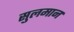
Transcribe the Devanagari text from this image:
सुलमान